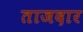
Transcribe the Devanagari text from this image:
ताजदार